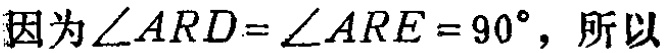
因为$\angle ARD=\angle ARE = 90^{\circ}$，所以